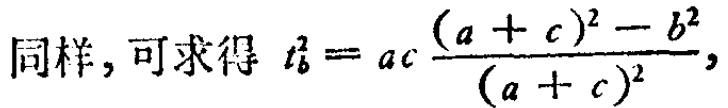
同样，可求得 \( t_{b}^{2}=ac\frac{(a + c)^{2}-b^{2}}{(a + c)^{2}} \)